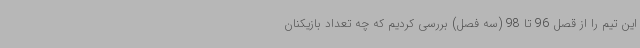
این تیم را از قصل 96 تا 98 (سه فصل) بررسی کردیم که چه تعداد بازیکنان